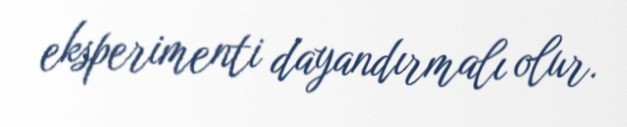
eksperimenti dayandırmalı olur.